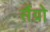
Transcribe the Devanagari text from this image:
सैंग्रो